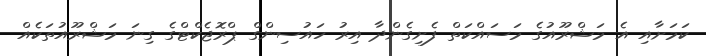
ކަމަށާއި އެ މަޝްރޫއުގެ މަސައްކަތް ފެށިގެންދާ އިރު ހައުސިންގް ޕްރޮޖެކްޓްގެ ގިނަ މަޝްރޫއުތަކެއް